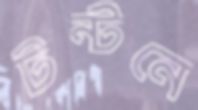
টন্‌টনে